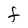
Character: f